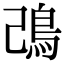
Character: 𩾠